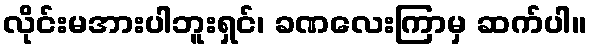
လိုင်းမအားပါဘူးရှင်၊ ခဏလေးကြာမှ ဆက်ပါ။